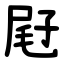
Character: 屘